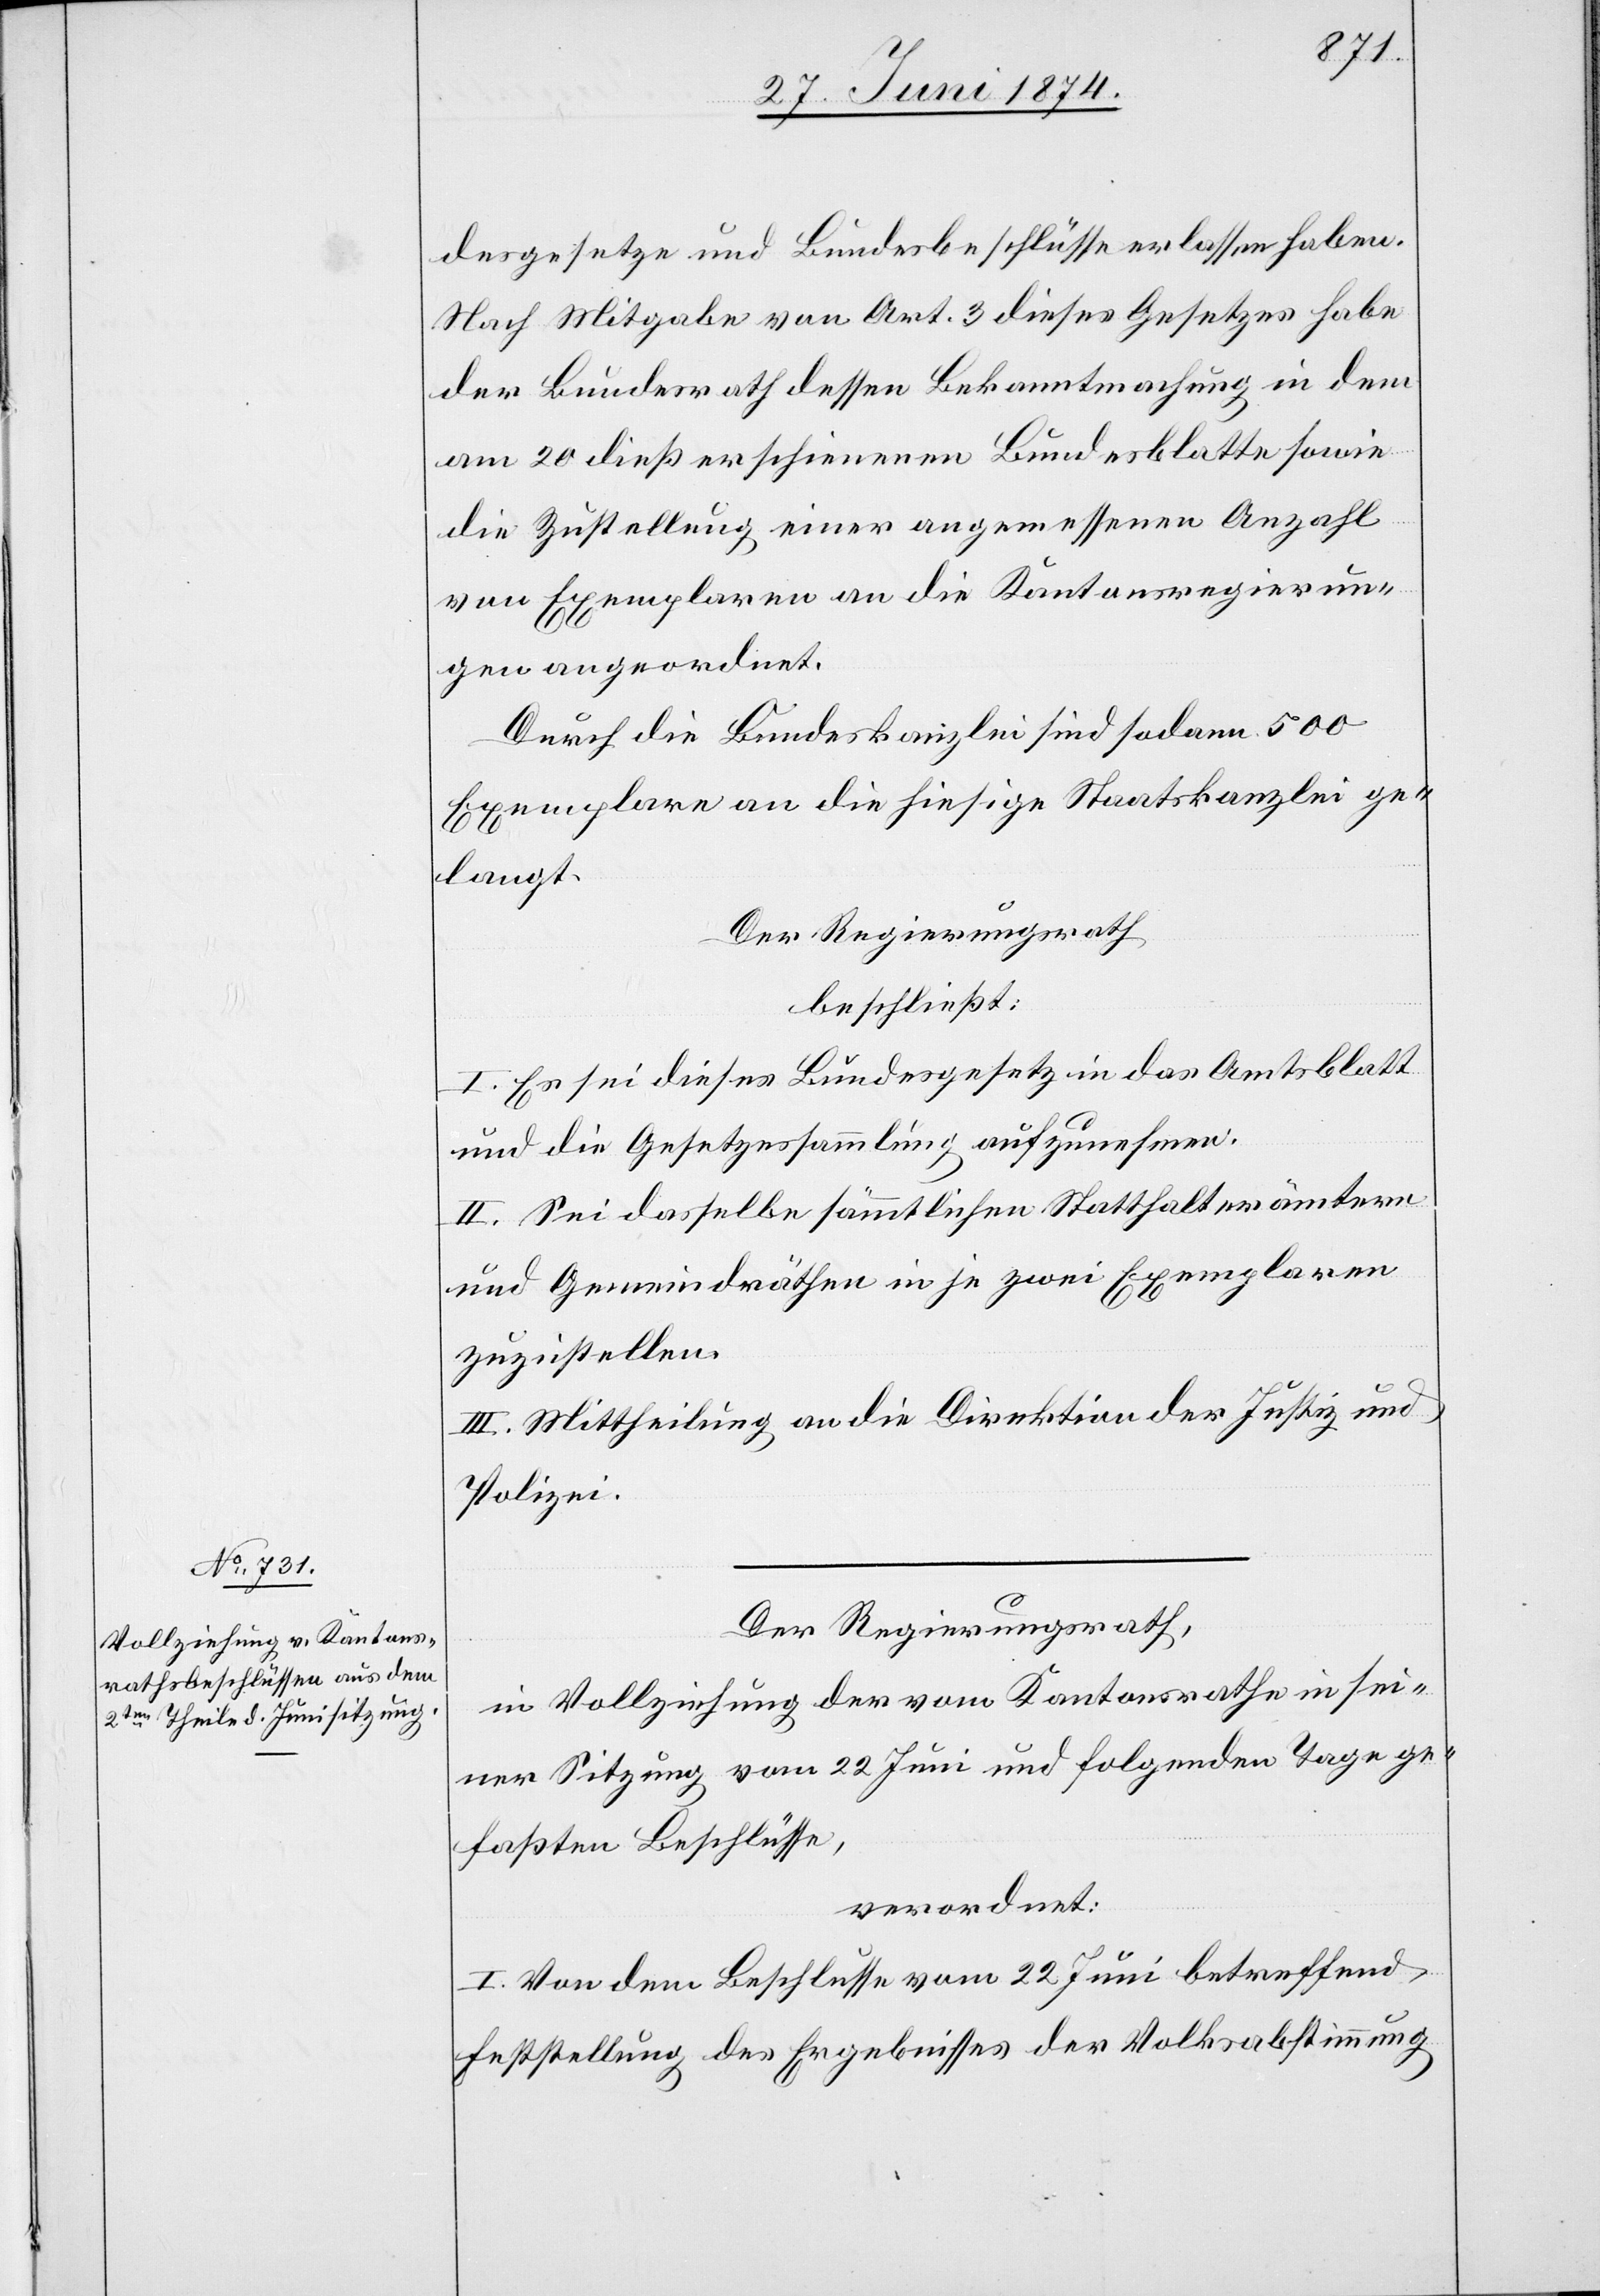
desgesetze und Bundesbeschlüsse erlassen haben.
Nach Mitgabe von Art. 3 dieses Gesetzes habe
der Bundesrath dessen Bekanntmachung in dem
am 20. dieß erschienenen Bundesblatte sowie
die Zustellung einer angemessenen Anzahl
von Exemplaren an die Kantonsregierun¬
g angeordnet.
Durch die Bundeskanzlei sind sodann 500
Exemplare an die hiesige Staatskanzlei ge¬
langt.
Der Regierungsrath
beschließt:
I. Es sei dieses Bundesgesetz in das Amtsblatt
und die Gesetzessammlung aufzunehmen.
II. Sei dasselbe sämmtlichen Statthalterämtern
und Gemeindräthen in je zwei Exemplaren
zuzustellen.
III. Mittheilung an die Direktion der Justiz und
Polizei.
Der Regierungsrath,
in Vollziehung der vom Kantonsrathe in sei¬
ner Sitzung vom 22. Juni und folgenden Tage ge¬
faßten Beschlüsse,
verordnet:
I. Von dem Beschlusse vom 22. Juni betreffend
Feststellung des Ergebnisses der Volksabstimmung